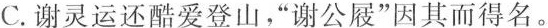
C.谢灵运还酷爱登山，”谢公屐”因其而得名。